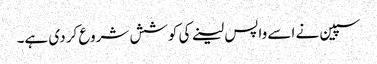
سپین نے اسے واپس لینے کی کوشش شروع کر دی ہے۔